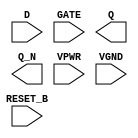
/**
 * Copyright 2020 The SkyWater PDK Authors
 *
 * Licensed under the Apache License, Version 2.0 (the "License");
 * you may not use this file except in compliance with the License.
 * You may obtain a copy of the License at
 *
 *     https://www.apache.org/licenses/LICENSE-2.0
 *
 * Unless required by applicable law or agreed to in writing, software
 * distributed under the License is distributed on an "AS IS" BASIS,
 * WITHOUT WARRANTIES OR CONDITIONS OF ANY KIND, either express or implied.
 * See the License for the specific language governing permissions and
 * limitations under the License.
 *
 * SPDX-License-Identifier: Apache-2.0
 */

`ifndef SKY130_FD_SC_HS__DLRBP_PP_BLACKBOX_V
`define SKY130_FD_SC_HS__DLRBP_PP_BLACKBOX_V

/**
 * dlrbp: Delay latch, inverted reset, non-inverted enable,
 *        complementary outputs.
 *
 * Verilog stub definition (black box with power pins).
 *
 * WARNING: This file is autogenerated, do not modify directly!
 */

`timescale 1ns / 1ps
`default_nettype none

(* blackbox *)
module sky130_fd_sc_hs__dlrbp (
    RESET_B,
    D      ,
    GATE   ,
    Q      ,
    Q_N    ,
    VPWR   ,
    VGND
);

    input  RESET_B;
    input  D      ;
    input  GATE   ;
    output Q      ;
    output Q_N    ;
    input  VPWR   ;
    input  VGND   ;
endmodule

`default_nettype wire
`endif  // SKY130_FD_SC_HS__DLRBP_PP_BLACKBOX_V